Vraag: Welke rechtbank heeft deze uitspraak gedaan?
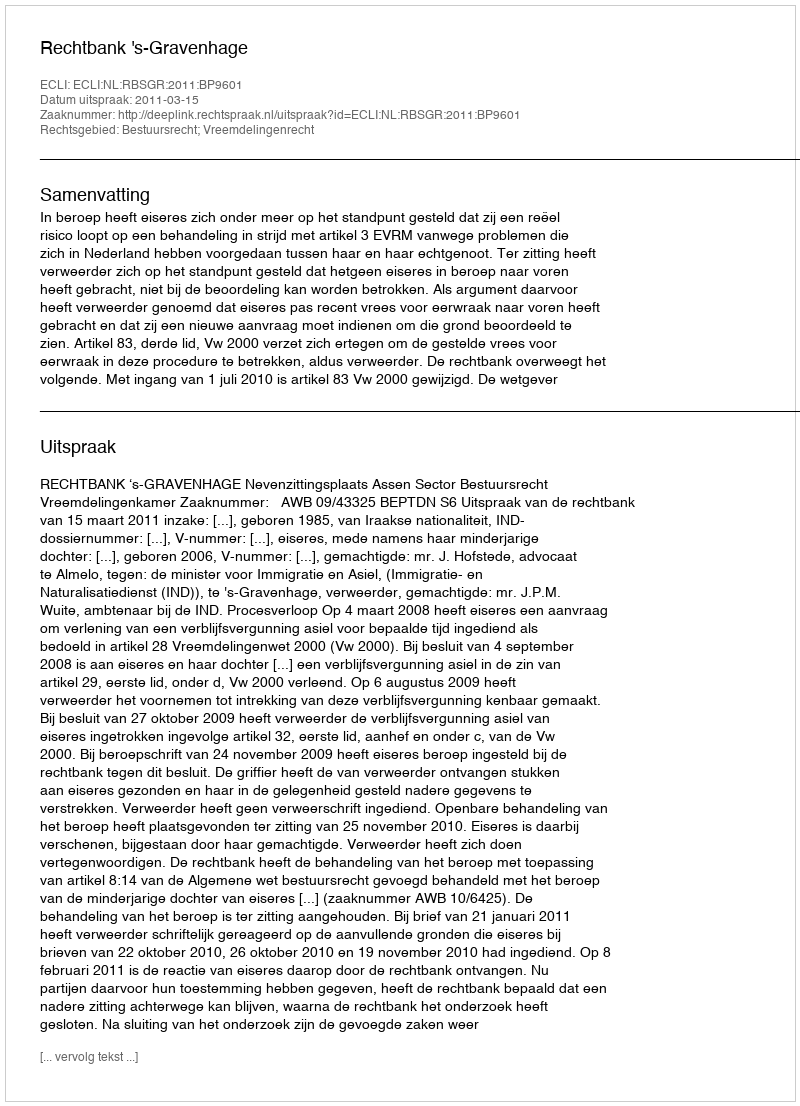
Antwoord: Rechtbank 's-Gravenhage